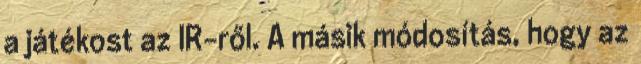
a játékost az IR-ről. A másik módosítás, hogy az